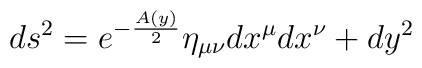
ds^2 = e^{- \frac{A(y)}{2}} \eta_{\mu \nu} dx^{\mu} dx^{\nu} + dy^2